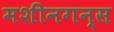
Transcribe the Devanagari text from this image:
मशीनगन्स